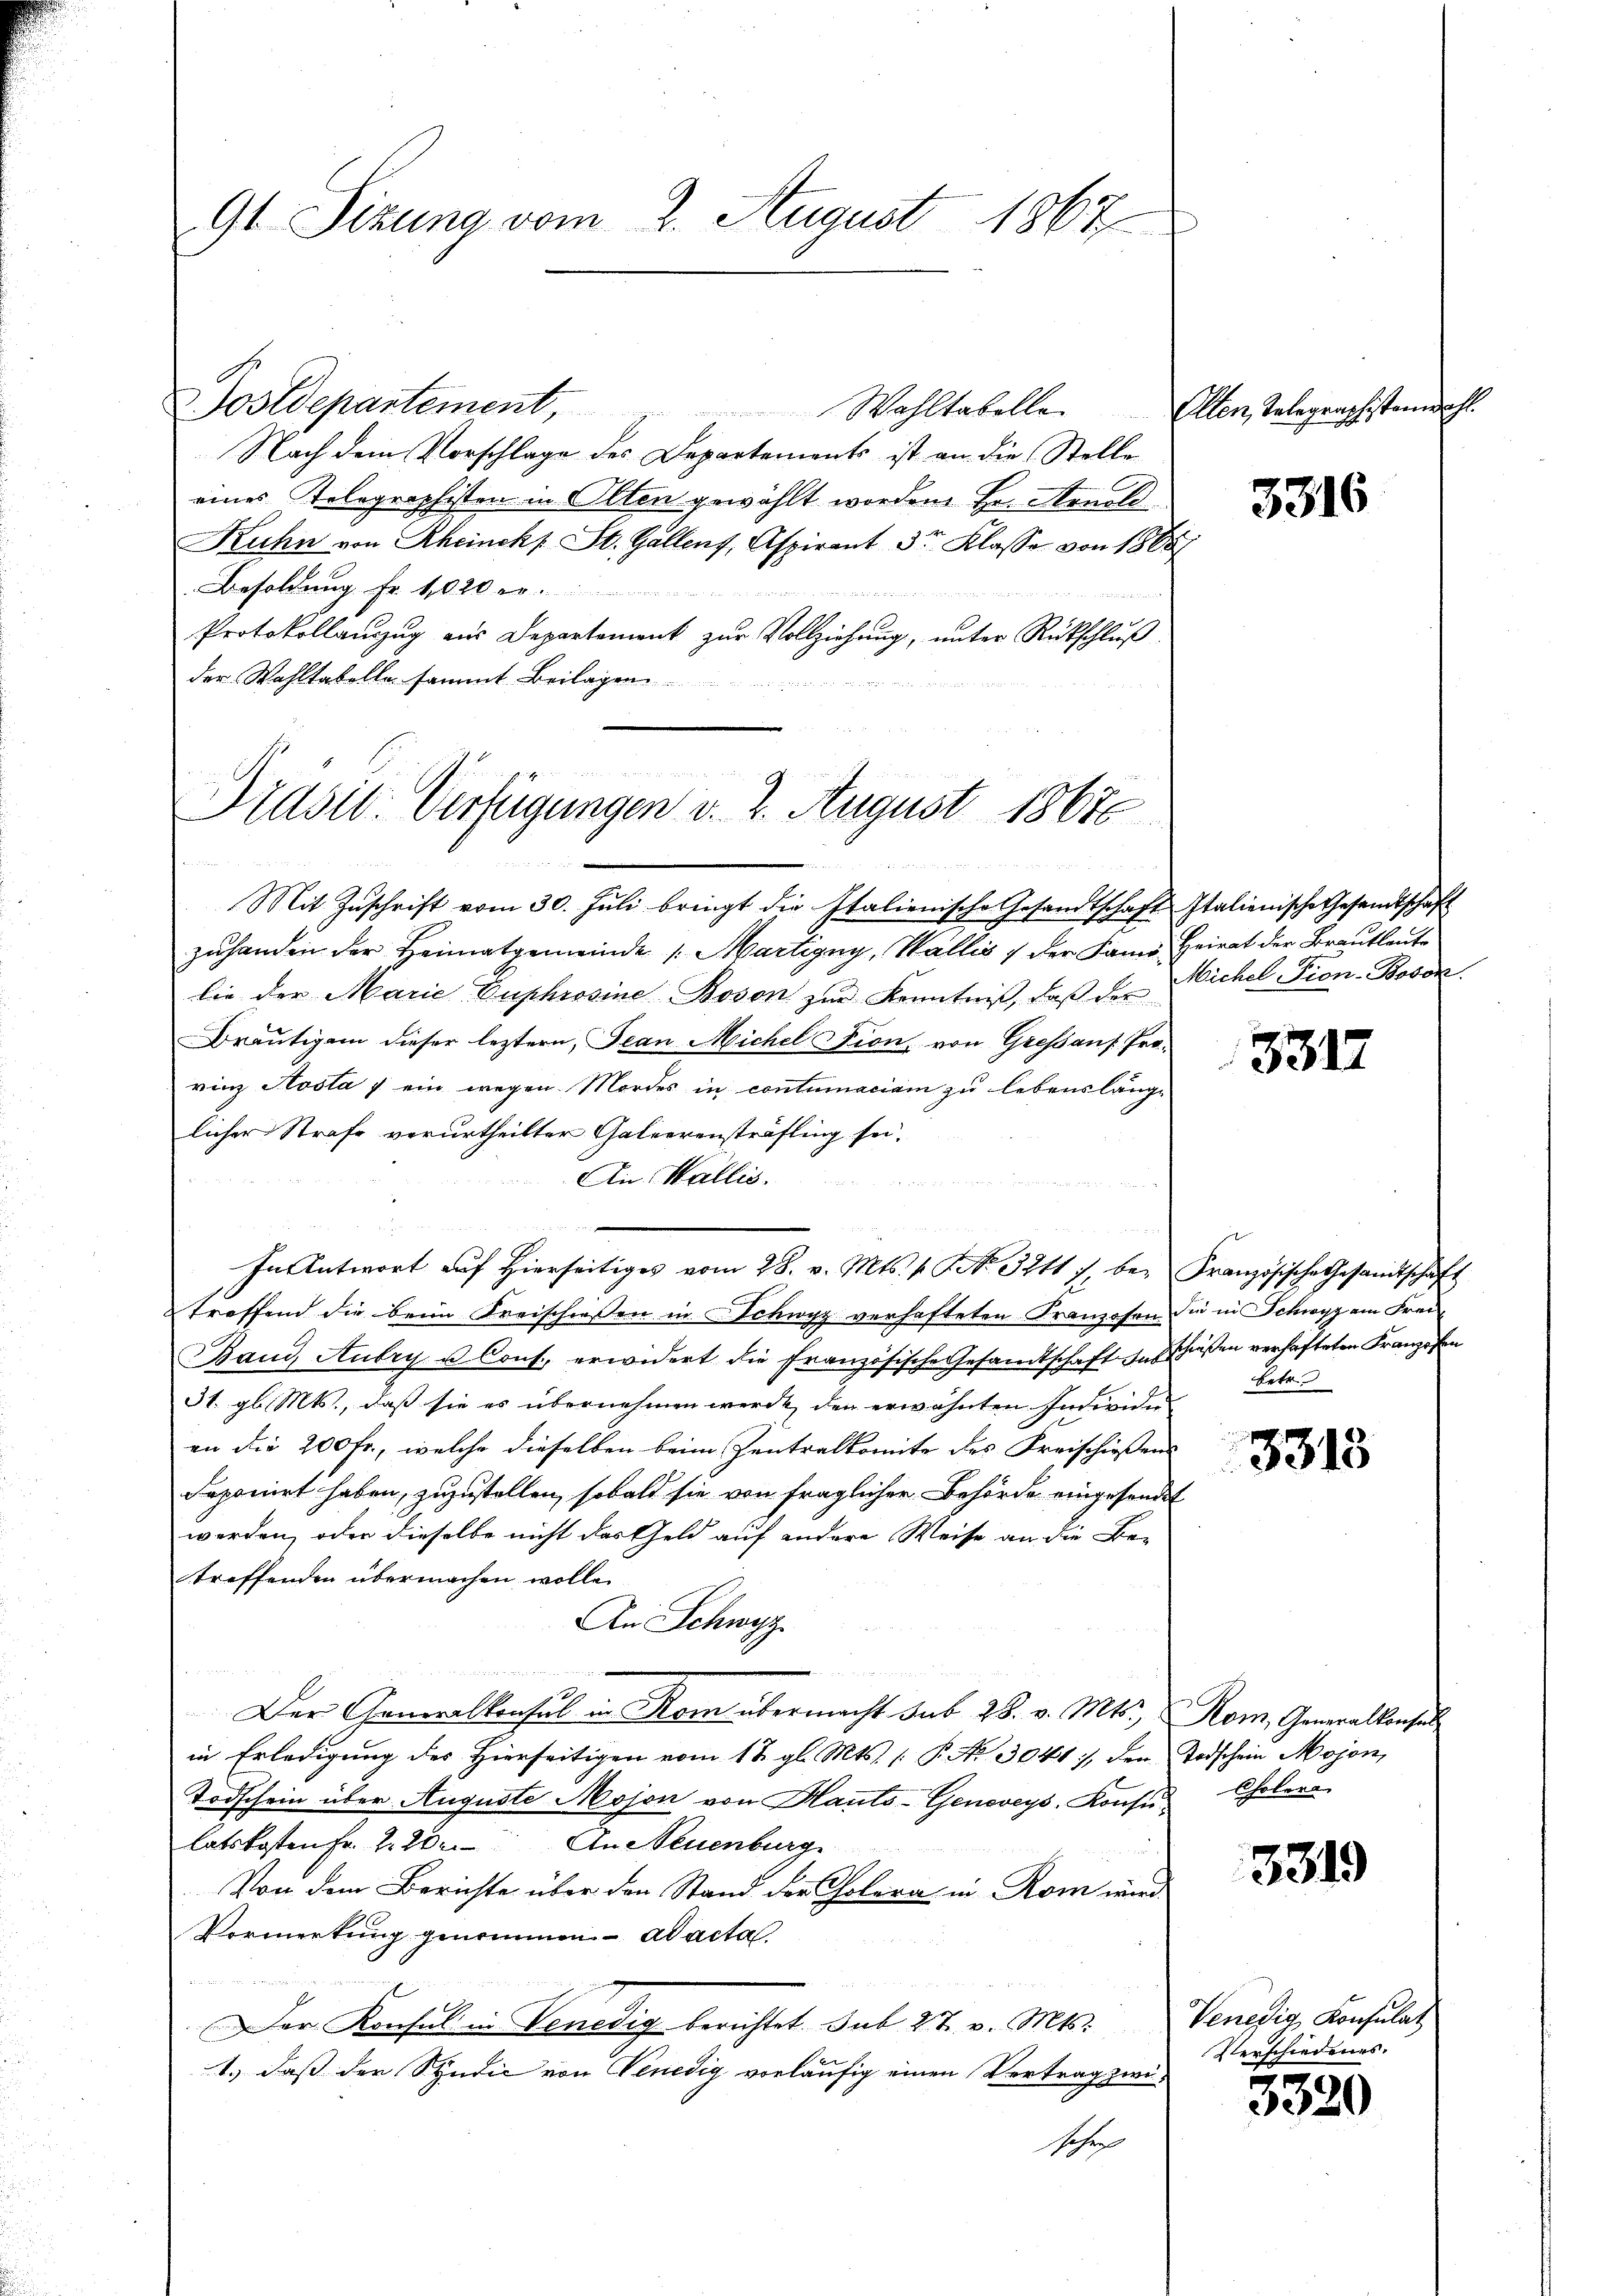
9t Sitzung vom 2. August 1867

Sostdepartement, " Wahltabelle. Alten, Telegraphistande
Nach dem Vorschlage des Departements ist an die Stelle
eines Kolegraphisten in Olten gewählt worden Hr. Arnold
Kuhn von Rheinckp St. Gallens, Aspirant 3tr Klasse von 1888
Besoldung Fr. 1020 er.
t
Protokollanzzug aus Departement zur Vollziehung, unter Rückschluß
der Wahltabelle sammt Beilagen.

Praser-Verfügungen v. 2. August 18676

Mit Zŭschrift vom 30. Juli bringt die Italienische Gesandtschaft Italienische Gesandtschaft
zuhanden der Heimatgemeinde (Martigny, Wallis & der Samo Heirat der Brautleute
lie der Marie Duphrosine Bovon zur Kenntniß, daß der
Breutigen dieser leztern, Jean Michel Fion von Gresaus Prorinz Aosta / ein wegen Mordes in contumaciam zu lebenslänge
licher Strafe verurtheilter Galeerensträfling sei.
An Wallis.
5 xxx
In Antwort aŭf hierseitiges vom 28. v. Mts. v. G. No. 3211 f. be- Französische Gesandtschaft
troffend die beim Kreischiessen in Schwyz verhafteten Franzosen die in Schwyz am Frei¬
Band Aubry u. Cons. erwidert die Französische Gesandtschaft in schießen verhafteten Franzosen
31. gl. Mts., daß sie es übernehmen werde, den erwähnten Individe
G
an die 200 Fr., welche dieselben beim Zentralkomite des Freischießens
deponirt haben, zuzustellen, sobald sie von fraglicher Behörde eingesendet
werden, oder dieselbe nicht das Geld auf andere Weise an die Be-
treffenden übermachen wolle.
An Schwyz
u
Der Generalkonsul in Rom übermacht sub 28. v. Mts. Rom, Generalkonsul
in Erledigung des Hierseitigen vom 12. gl. Mts. (: P. Nr. 3041), der Todschein Mojon,
Todschein über Auguste Mojon von Hauts-Geneveys. Konsus Cholere
latskosten Fr. 22. An Neuenburg
Von dem Berichte über den Stand der Cholera in Rom wird
Vormerkung genommen ad acta.
Der Konsul in Venedig berichtet sub 27. v. Mts. Venedig Konsulat
1.) dass der Syndić von Venedig vorläufig einen Vertrag zwi¬
Jose

3316

Michel Tion-Bobon.

3317

betr.

3318

5319

Verschiedenes.

3320